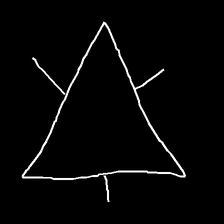
Glyph: fire